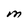
Character: M